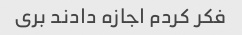
فکر کردم اجازه دادند بری